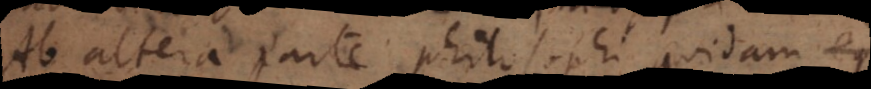
Ab altera parte philosophi quidam egr